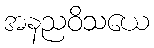
အနညဝိသယေ